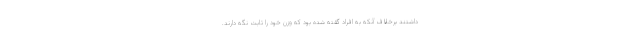
داشتند برخلاف آنکه به افراد گفته شده بود که وزن خود را ثابت نگه دارند.